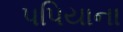
પપિયાના